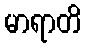
မာရာတိ